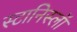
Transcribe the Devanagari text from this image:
स्टानिस्लॉ